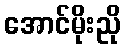
အောင်မိုးညို